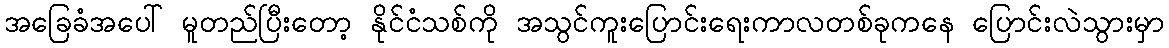
အခြေခံအပေါ် မူတည်ပြီးတော့ နိုင်ငံသစ်ကို အသွင်ကူးပြောင်းရေးကာလတစ်ခုကနေ ပြောင်းလဲသွားမှာ